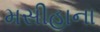
મસીહાના